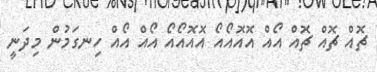
ޗޮއް ޗޮއް ޗޮއް އޯއް އޮއޮއޯއޯ އޮއޮއޯއޯ އޯއް އޯއް ހިނގަމުން މިދަނީ